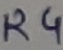
Text: R4